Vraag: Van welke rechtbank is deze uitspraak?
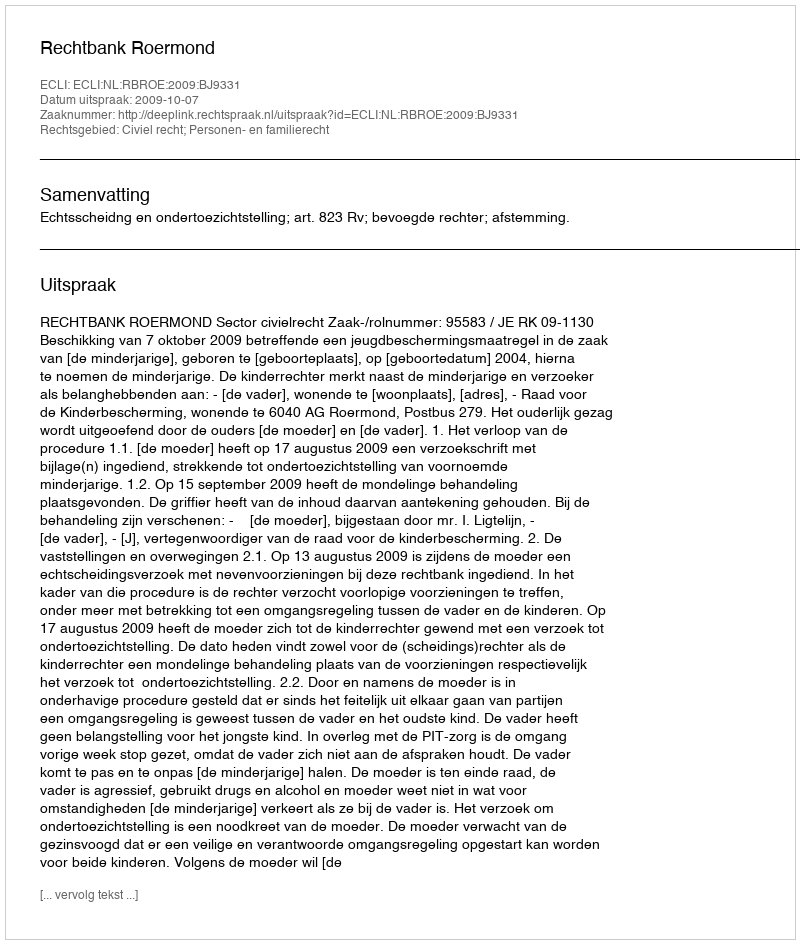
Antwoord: Rechtbank Roermond